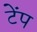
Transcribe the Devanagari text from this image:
टेंप